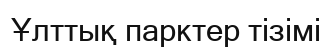
Ұлттық парктер тізімі